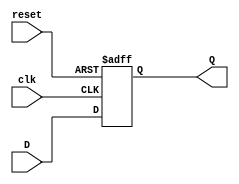
module reg_file #(parameter N = 5)(
    input wire clk, reset,
    input wire [N-1:0]D,
    output reg [N-1:0]Q
    );
    
    always@(posedge clk or posedge reset)
    begin
        if(reset)
            Q <= 0;
        else
            Q <= D;
    end
    
endmodule